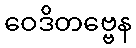
ဝေဒိတဗ္ဗေန